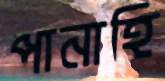
পানাহি